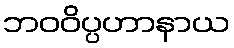
ဘဝဝိပ္ပဟာနာယ